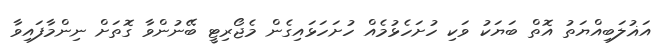
އަޣުލަބިއްޔަތު އޮތް ބަޔަކު ވަކި ހުށަހެޅުމެއް ހުށަހަޅައިގެން މެޖޯރިޓީ ބޭނުންވާ ގޮތަށް ނިންމާފައިވާ